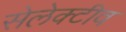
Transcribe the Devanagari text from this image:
सेलेक्टीव